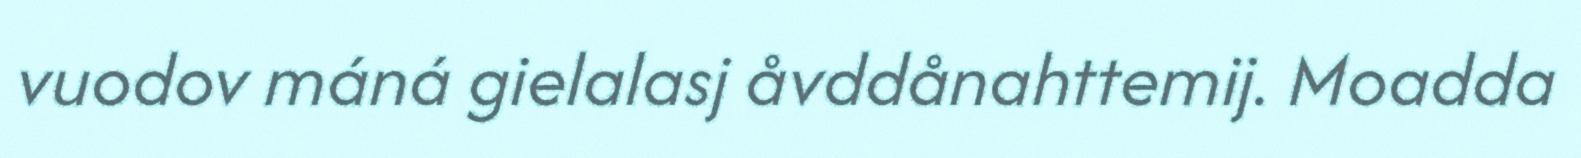
vuodov máná gielalasj åvddånahttemij. Moadda